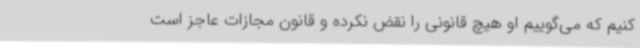
کنیم که می‌گوییم او هیچ قانونی را نقض نکرده و قانون مجازات عاجز است